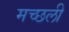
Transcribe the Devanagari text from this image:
मच्छली